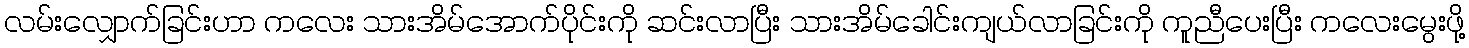
လမ်းလျှောက်ခြင်းဟာ ကလေး သားအိမ်အောက်ပိုင်းကို ဆင်းလာပြီး သားအိမ်ခေါင်းကျယ်လာခြင်းကို ကူညီပေးပြီး ကလေးမွေးဖို့